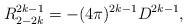
LaTeX: \begin{align*}R_{2-2k}^{2k-1}=-(4\pi)^{2k-1} D^{2k-1},\end{align*}